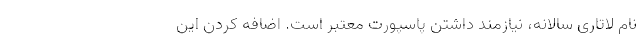
نام لاتاری سالانه، نیازمند داشتن پاسپورت معتبر است. اضافه کردن این